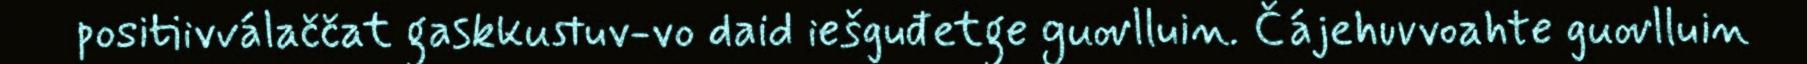
positiivválaččat gaskkustuv-vo daid iešguđetge guovlluin. Čájehuvvoahte guovlluin